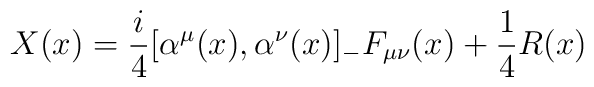
X(x)=\frac{i}{4}[\alpha^\mu(x),\alpha^\nu(x)]_-F_{\mu\nu}(x)+\frac{1}{4}R(x)